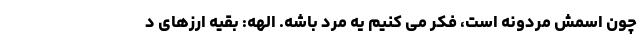
چون اسمش مردونه است، فکر می کنیم یه مرد باشه. الهه: بقیه ارزهای د